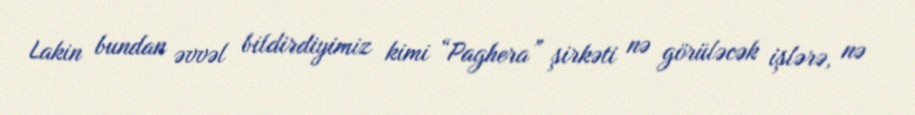
Lakin bundan əvvəl bildirdiyimiz kimi “Paghera” şirkəti nə görüləcək işlərə, nə